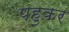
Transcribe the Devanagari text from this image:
पहुकर